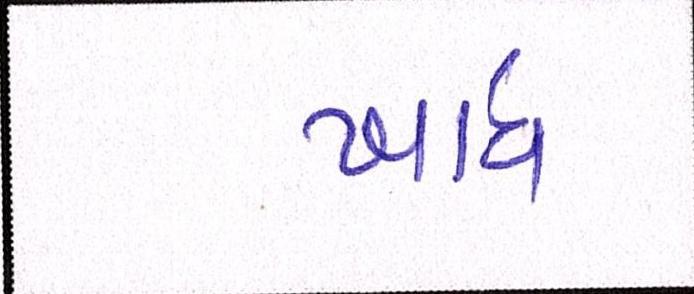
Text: ખાધ